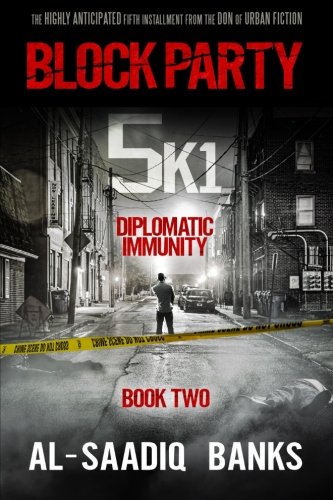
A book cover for Block Party 5k1: Diplomatic Immunity (Volume 2); Al-Saadiq Banks; Literature & Fiction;